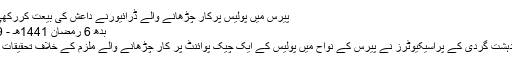
پیرس میں پولیس پرکار چڑھانے والے ڈرائیورنے داعش کی بیعت کررکھی تھی:پراسیکیوٹر
بدھ 6 رمضان 1441هـ - 29 اپریل 2020م
فرانس کےانسدادِ دہشت گردی کے پراسیکیوٹرز نے پیرس کے نواح میں پولیس کے ایک چیک پوائنٹ پر کار چڑھانے والے ملزم کے خلاف تحقیقات شروع کردی ہے۔